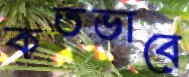
কতভাবে